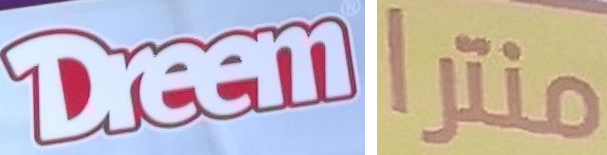
Dreem منترا